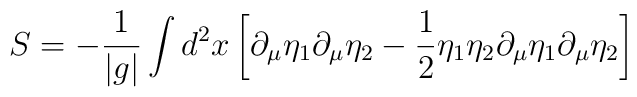
S=-{1\over |g|}\int d^2 x \left[\partial_\mu\eta_1\partial_\mu\eta_2-{1\over 2}\eta_1\eta_2 \partial_\mu\eta_1\partial_\mu\eta_2\right]